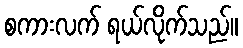
စကားလက် ရယ်လိုက်သည်။